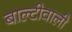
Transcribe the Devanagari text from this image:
बाल्टीवाली